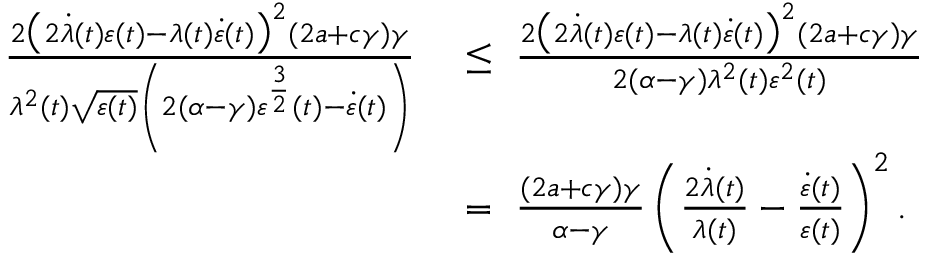
\begin{array} { r l } { \frac { 2 \big ( 2 \dot { \lambda } ( t ) \varepsilon ( t ) - \lambda ( t ) \dot { \varepsilon } ( t ) \big ) ^ { 2 } ( 2 a + c \gamma ) \gamma } { \lambda ^ { 2 } ( t ) \sqrt { \varepsilon ( t ) } \left( 2 ( \alpha - \gamma ) \varepsilon ^ { \frac { 3 } { 2 } } ( t ) - \dot { \varepsilon } ( t ) \right) } \ } & { \leq \ \frac { 2 \big ( 2 \dot { \lambda } ( t ) \varepsilon ( t ) - \lambda ( t ) \dot { \varepsilon } ( t ) \big ) ^ { 2 } ( 2 a + c \gamma ) \gamma } { 2 ( \alpha - \gamma ) \lambda ^ { 2 } ( t ) \varepsilon ^ { 2 } ( t ) } } \\ & { = \ \frac { ( 2 a + c \gamma ) \gamma } { \alpha - \gamma } \left( \frac { 2 \dot { \lambda } ( t ) } { \lambda ( t ) } - \frac { \dot { \varepsilon } ( t ) } { \varepsilon ( t ) } \right) ^ { 2 } . } \end{array}